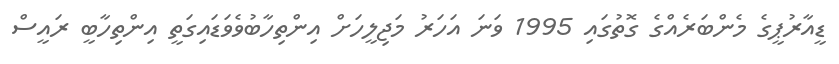
ޑީއާރުޕީގެ މެންބަރެއްގެ ގޮތުގައި 1995 ވަނަ އަހަރު މަޖިލީހަށް އިންތިހާބުވެވަޑައިގަތީ އިންތިހާބީ ރައީސް